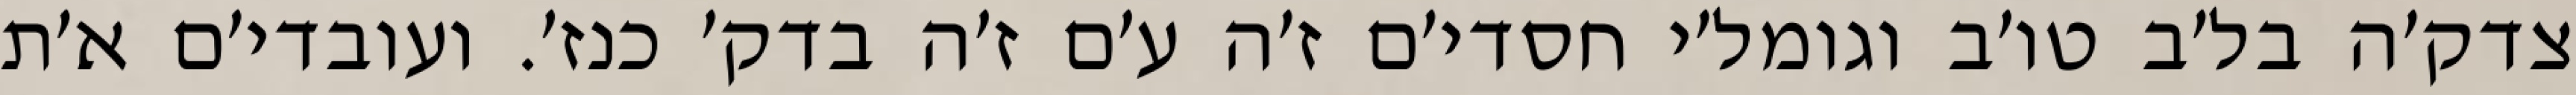
צדק׳ה בל׳ב טו׳ב וגומל׳י חסדי׳ם ז׳ה ע׳ם ז׳ה בדק׳ כנז׳. ועובדי׳ם א׳ת